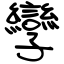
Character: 孿